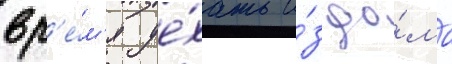
вр'е́м'я уе́хать и́з до́ма